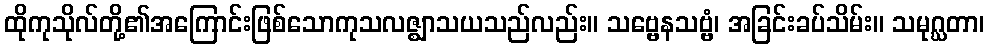
ထိုကုသိုလ်တို့၏အကြောင်းဖြစ်သောကုသလဇ္ဈာသယသည်လည်း။ သဗ္ဗေနသဗ္ဗံ၊ အခြင်းခပ်သိမ်း။ သမုဂ္ဃတာ၊